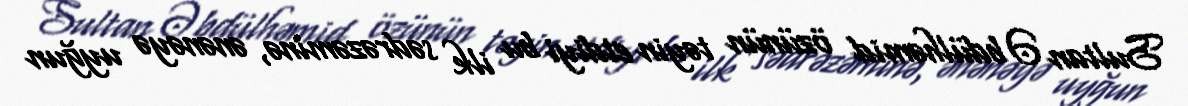
Sultan Əbdülhəmid özünün təyin etdiyi bu ilk sədrəzəminə, ənənəyə uyğun